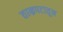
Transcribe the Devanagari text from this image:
ताम्रपटातून